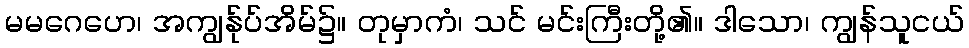
မမဂေဟေ၊ အကျွန်ုပ်အိမ်၌။ တုမှာကံ၊ သင် မင်းကြီးတို့၏။ ဒါသော၊ ကျွန်သူငယ်